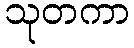
သုတကာ